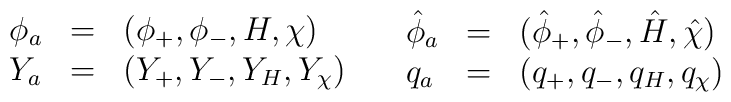
\begin{array}{lcl}\phi_a &= & ( \phi_+,\phi_-, H, \chi) \\ Y_a &= & ( Y_+,Y_-, Y_H, Y_\chi) \end{array}\quad \begin{array}{lcl}\hat \phi_a &= & ( \hat \phi_+,\hat \phi_-, \hat H, \hat\chi) \\ q_a &= & ( q_+,q_-, q_H, q_\chi) \end{array}